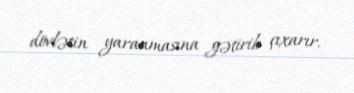
dövlətin yaranmasına gətirib çıxarır.